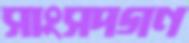
সাংসদগণ